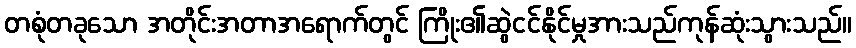
တစုံတခုသော အတိုင်းအတာအရောက်တွင် ကြိုး၏ဆွဲငင်နိုင်မှုအားသည်ကုန်ဆုံးသွားသည်။